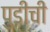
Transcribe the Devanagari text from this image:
पुडीची